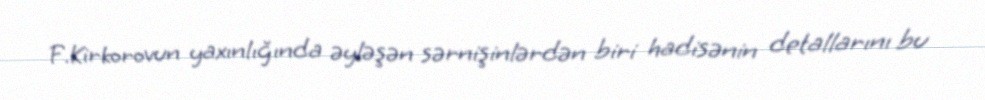
F.Kirkorovun yaxınlığında əyləşən sərnişinlərdən biri hadisənin detallarını bu